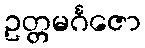
ဥတ္တမင်္ဂဇော